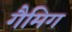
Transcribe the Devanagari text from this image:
गैमिग